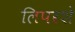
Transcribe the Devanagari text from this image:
लिपरशे